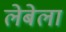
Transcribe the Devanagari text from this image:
लेबेला